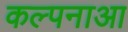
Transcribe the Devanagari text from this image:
कल्पनाआ